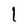
Character: l